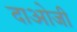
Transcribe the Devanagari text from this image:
दाओजी